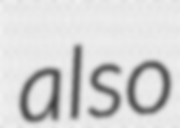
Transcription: also